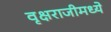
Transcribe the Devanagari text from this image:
वृक्षराजीमध्ये